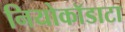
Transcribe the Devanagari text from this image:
नियोकॉडाटा